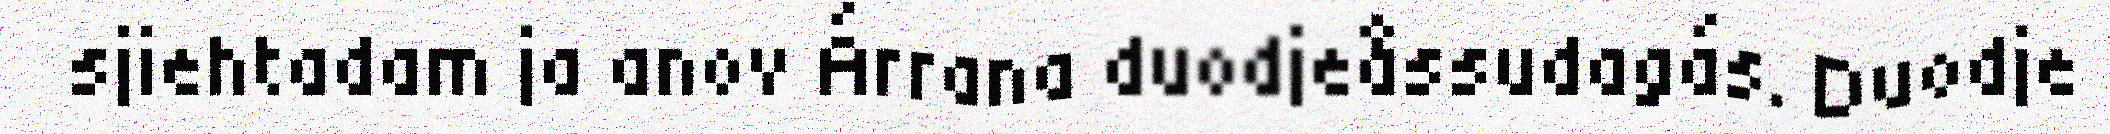
sjiehtadam ja anov Árrana duodjeåssudagás. Duodje